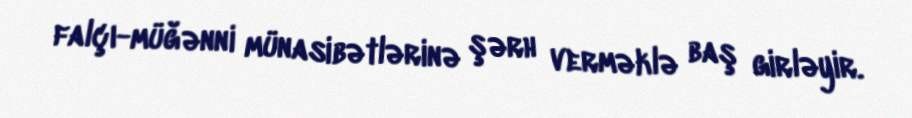
falçı-müğənni münasibətlərinə şərh verməklə baş girləyir.